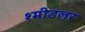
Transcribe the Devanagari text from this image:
श्मीडलर